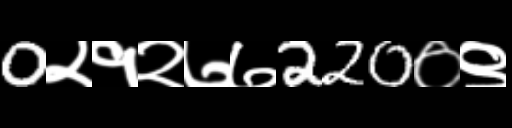
Text: 0२१२७७220०९